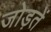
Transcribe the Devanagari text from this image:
जोड़तें